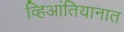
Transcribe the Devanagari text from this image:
व्हिआंतियानात